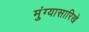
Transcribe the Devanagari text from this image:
मुंग्यासारिखे